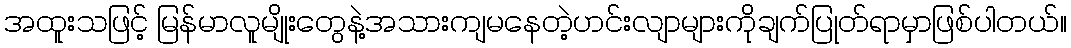
အထူးသဖြင့် မြန်မာလူမျိုးတွေနဲ့အသားကျမနေတဲ့ဟင်းလျာများကိုချက်ပြုတ်ရာမှာဖြစ်ပါတယ်။